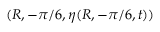
( R , - \pi / 6 , \eta ( R , - \pi / 6 , t ) )